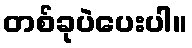
တစ်ခုပဲပေးပါ။